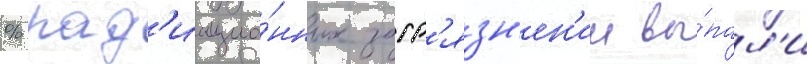
% рад'иацио́нных загр'язн'ен'ии вы́пал'и